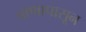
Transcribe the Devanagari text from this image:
बाणापासून